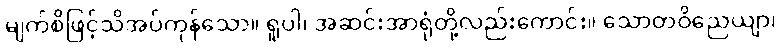
မျက်စိဖြင့်သိအပ်ကုန်သော။ ရူပါ၊ အဆင်းအာရုံတို့လည်းကောင်း။ သောတဝိညေယျာ၊